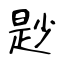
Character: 尟